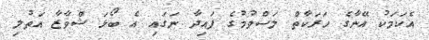
އެކަމަކު އޭނާގެ ހަރަކާތް ލަސްވުމުގެ ފައިދާ ނަގައި އެ ބޯޅަ ޝްވާޒާ އަތުލި